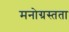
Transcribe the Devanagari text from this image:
मनोग्रस्तता